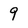
Character: 9